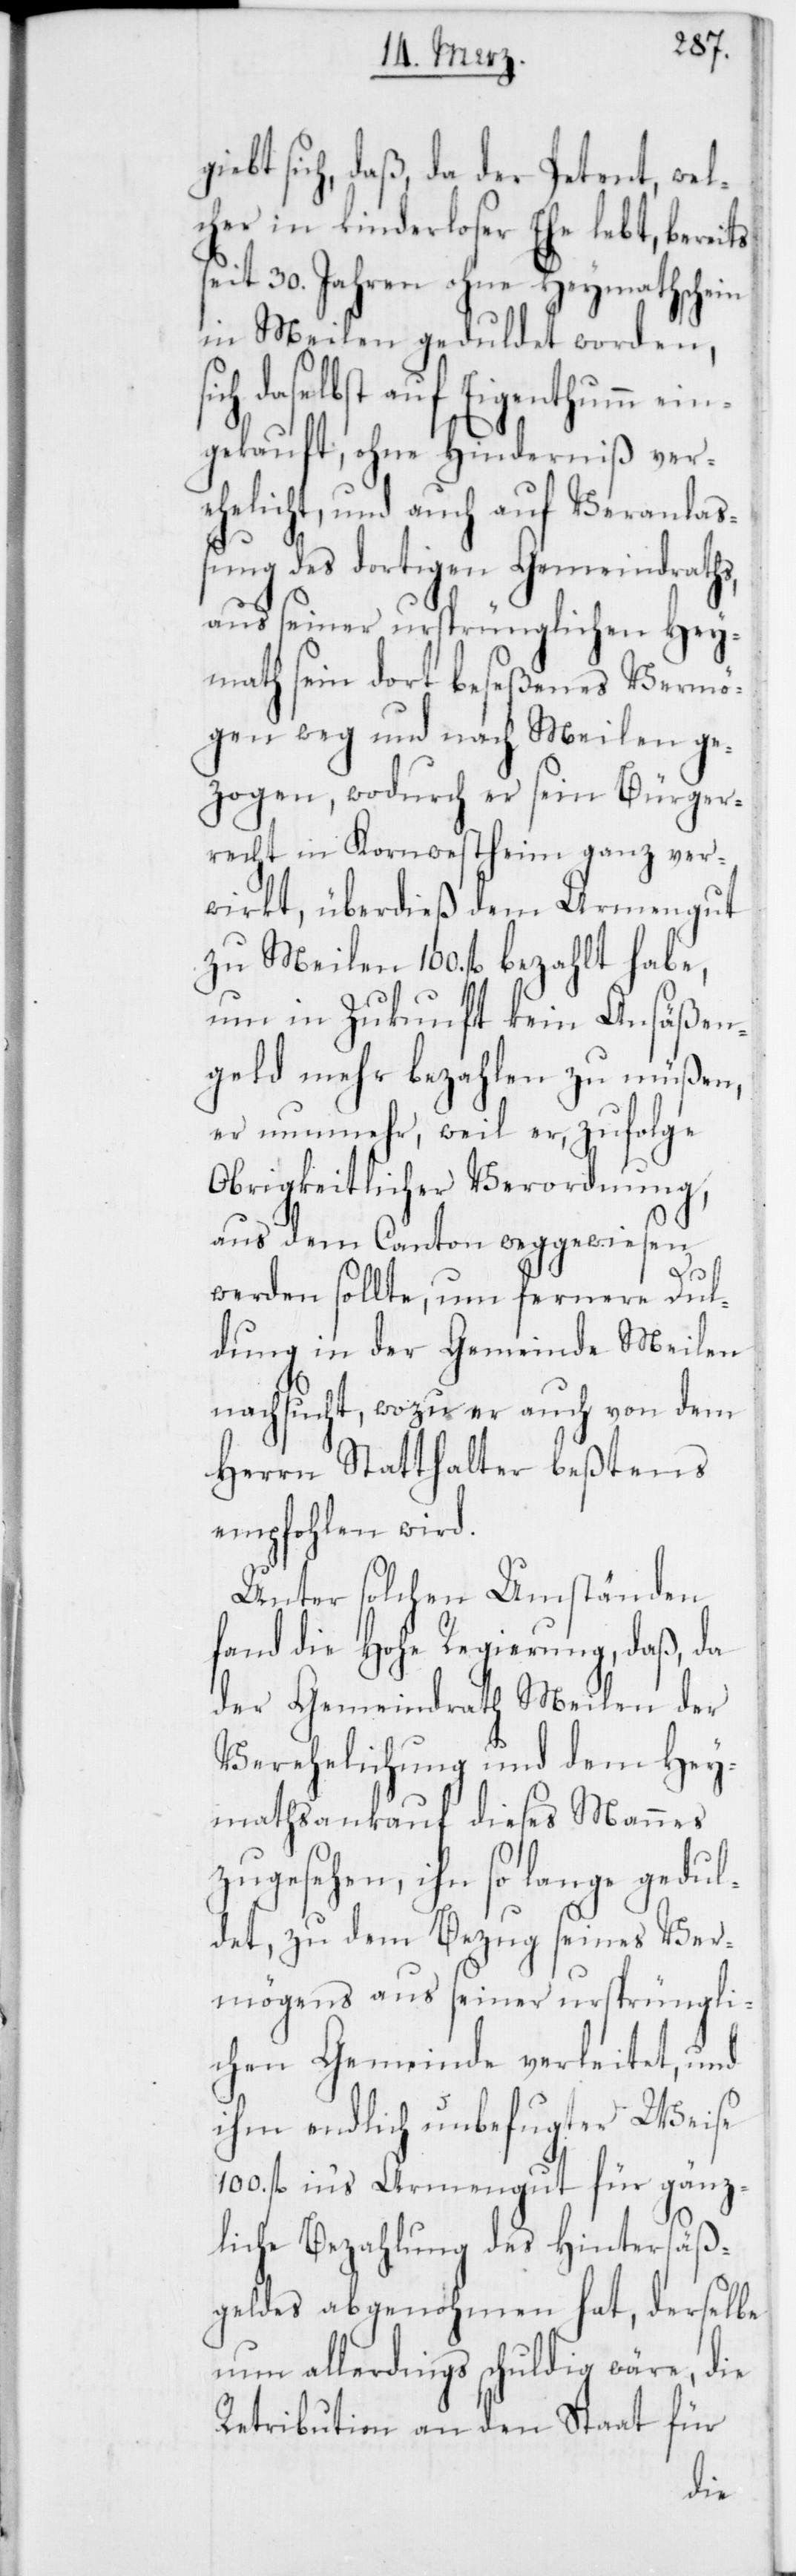
iebt sich, daß, da der Petent, wel¬
cher in kinderloser Ehe lebt, bereits
seit 30. Jahren ohne Heymathschein
in Meilen geduldet worden,
ch daselbst auf Eigenthumm ein¬
gekauft, ohne Hinderniß ver¬
ehelicht, und auch auf Veranlaß¬
ung des dortigen Gemeindraths,
aus seiner urspünglichen Hey¬
math sein dort beseßenes Vermö¬
gen weg und nach Meilen ge¬
zogen, wodurch er sein Bürger¬
recht in Kornwestheim ganz ver¬
wirkt, überdieß dem Armengut
zu Meilen 100. fl. bezahlt habe,
um in Zukunft kein Ansäßen¬
geld mehr bezahlen zu müßen,
er nunmehr, weil er, zufolge
Obrigkeitlicher Verordnung,
aus dem Canton weggewiesen
si¬
werden sollte, um fernere Dul¬
dung in der Gemeinde Meilen
nachsucht, wozu er auch von dem
Herrn Statthalter beßtens
empfohlen wird.
Unter solchen Umständen
fand die Hohe Regierung, daß, da
der Gemeindrath Meilen der
Verehelichung und dem Hey¬
mathsankauf dieses Mannes
zugesehen, ihn so lange gedul¬
det, zu dem Bezug seines Ver¬
mögens aus seiner ursprüngli¬
chen Gemeinde verleitet, und
ihm endlich unbefugter Weise
100. fl. in‘s Armengut für gänz¬
liche Bezahlung des Hintersäß¬
geldes abgenohmen hat, derselbe
nun allerdings schuldig wäre, die
Retribution an den Staat für